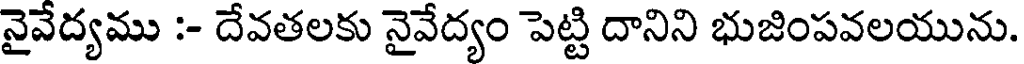
నైవేద్యము :- దేవతలకు నైవేద్యం పెట్టి దానిని భుజింపవలయును.